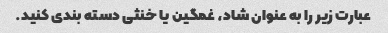
عبارت زیر را به عنوان شاد، غمگین یا خنثی دسته بندی کنید.